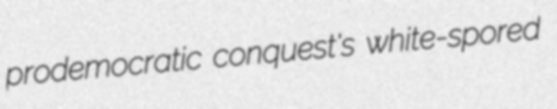
prodemocratic conquest's white-spored